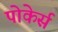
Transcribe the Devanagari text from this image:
पोकेर्स